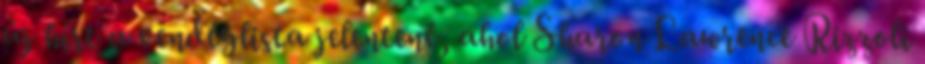
új hírt a vendéglista jelentené, ahol Sharon Lawrence Rizzoli